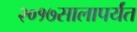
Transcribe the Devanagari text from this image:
२०१७सालापर्यंत